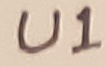
Text: U1